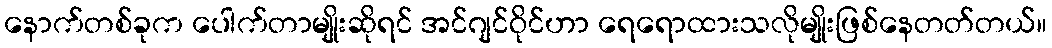
နောက်တစ်ခုက ပေါက်တာမျိုးဆိုရင် အင်ဂျင်ဝိုင်ဟာ ရေရောထားသလိုမျိုးဖြစ်နေတတ်တယ်။